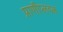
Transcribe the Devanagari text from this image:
प्राणीप्लवक